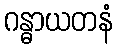
ဂန္ဓာယတနံ